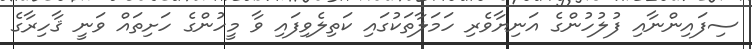
ސިފައިންނާއި ފުލުހުންގެ އަނިޔާވެރި ހަމަލާތަކުގައި ކަތިލެވިފައި ވާ މީހުންގެ ހަށިތައް ވަނީ ޤާހިރާގެ